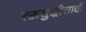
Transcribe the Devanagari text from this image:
रक्तशुद्धीसाठी